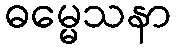
ဓမ္မေသနာ